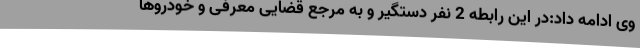
وی ادامه داد:در این رابطه 2 نفر دستگیر و به مرجع قضایی معرفی و خودروها